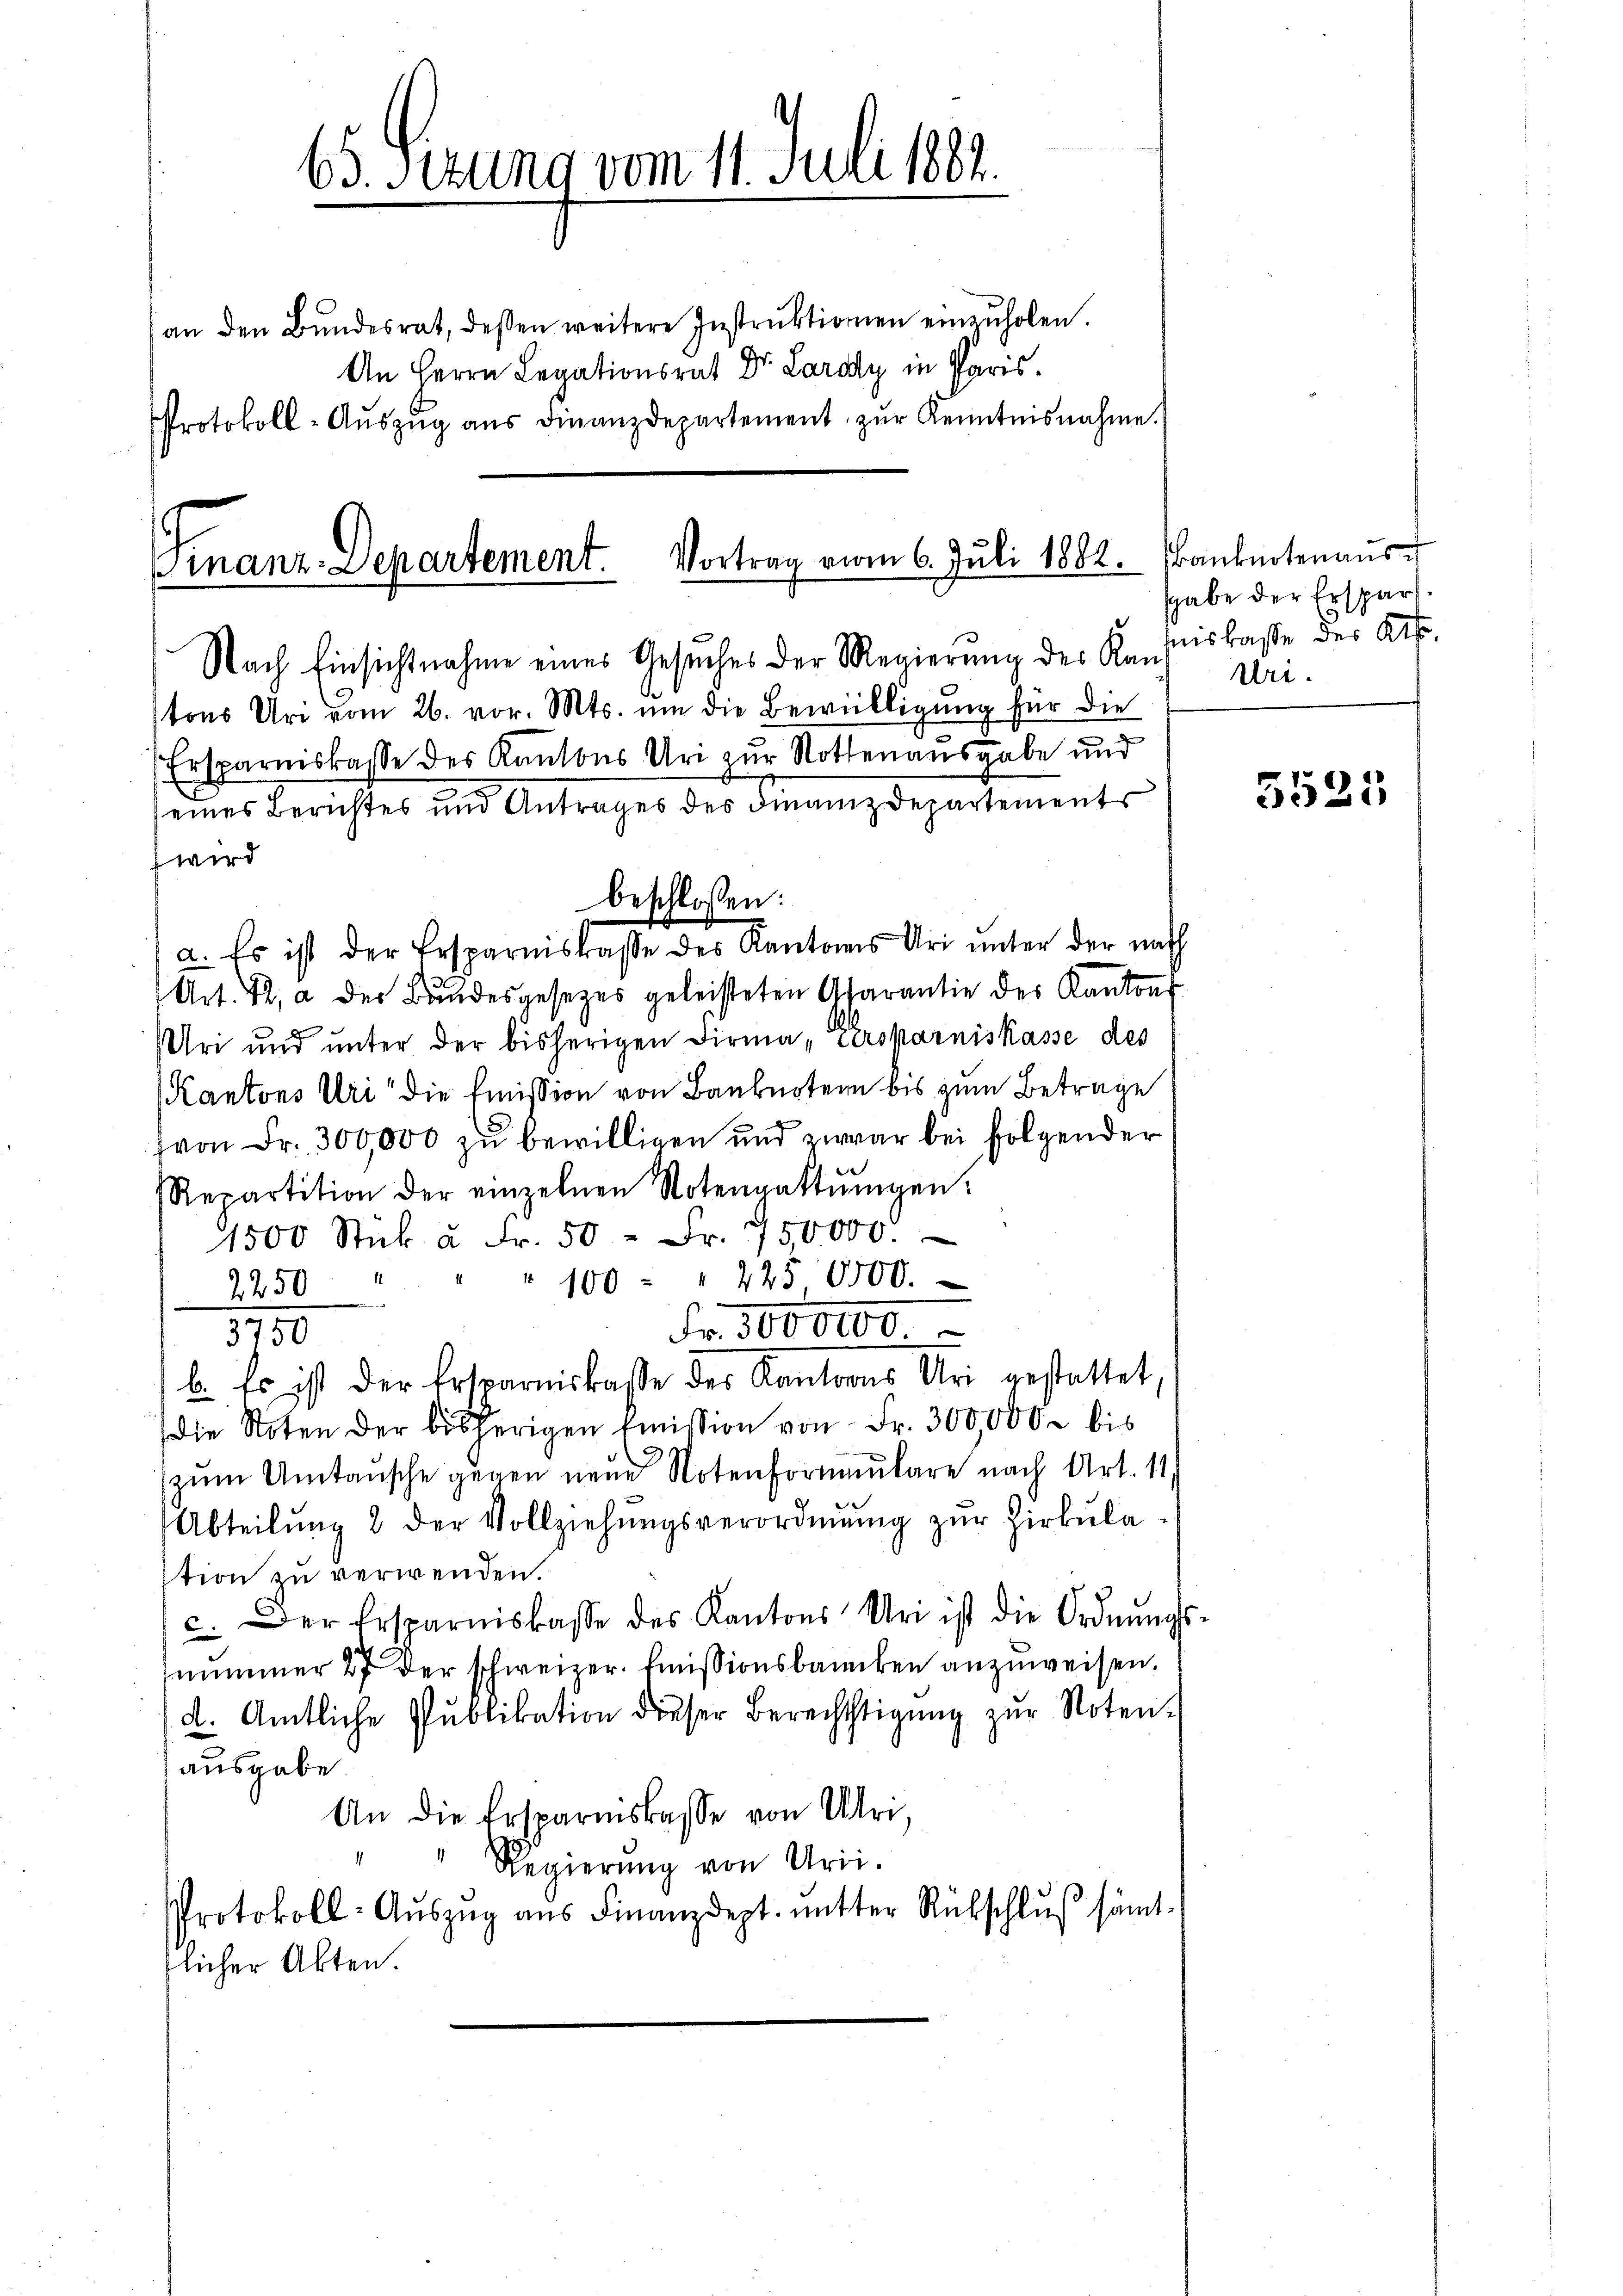
65. Setzung vom 11. Juli 1882.
an den Bŭndesrat, dessen weitere Instrŭktionen einzŭholen.
An Herrn Legationsrat Dr. Lardy in Paris.
Protokoll-Aŭszŭg aŭs Finanzdepartement zŭr Kenntnisnahme.

Vortrag vom 6. Jŭli 1884. Banknotenaŭs
pmanz. Departement.
Nach Einsichtnahme eines Gesŭches der Regierŭng der Konfiskasse des Kts.

tons Uri vom 26. vor. Mts. um die Bewilligung für die
Ersparniskasse des Kantons Uri zur Nottenausgabe und
a. Es ist der Ersparniskasse des Kantones Uri unter der nach
Art. 82, a der Bundesgesezes geleisteten Asarantie des Kantons
Uri und unter der bisherigen Firma „Versparniskasse des
Kantons Uri die Emission von Banknoten bis zum Betrage
von Fr. 300,000 zu bewilligen und zwar bei folgender
Repartition der einzelnen Notengattŭngen.
1500 Stück à Fr. 50 Fr. 150000.
2250 " " " 100 - " 225,0000.
Fr. 1000000
1750
b. Es ist der Ersparniskaße des Kantons Uri gestattet,
die Noten der bisherigen Emission von Fr. 300,000 bis
zŭm Umtausche gegen neue Notenformulare nach Art. 11.
Abteilŭng 2 der Vollziehŭngsverordnŭng zŭr Zirkŭla-
stion zu verwenden.
c. Der Ersparnislasse des Kantons Uri ist die Ordnŭngs
nummer 27 der schweizer. Emissionsbanken anzuweisen.
d. Amtliche Publikation dieser Berechtstigung zur Noten-
ausgabe
An die Ersparniskasse von Uri,

Regierung von Uri.
Protokoll-Aŭszŭg ans Finanzdept. mitter Rückschluß sämt-
licher Akten.

wird

eines Berichtes und Antrages des Finanzdepartements

beschlossen:

sgabe der Erspar¬
Uri.

¬

5525